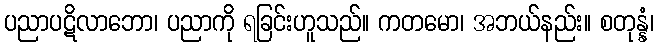
ပညာပဋိလာဘော၊ ပညာကို ရခြင်းဟူသည်။ ကတမော၊ အဘယ်နည်း။ စတုန္နံ၊